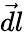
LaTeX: \vec{dl}